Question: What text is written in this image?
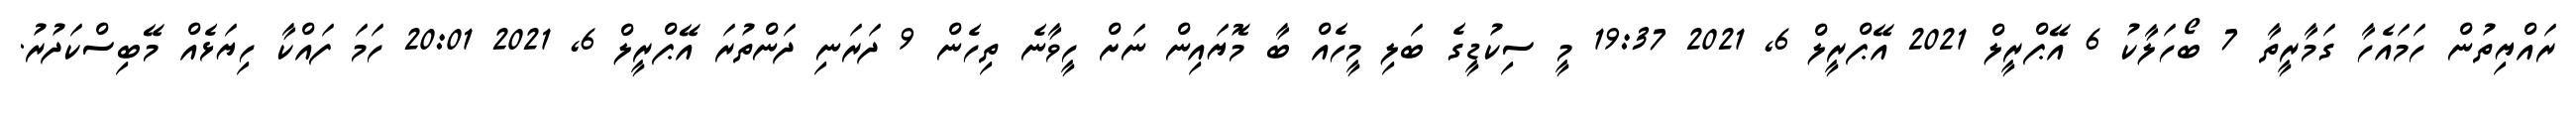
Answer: ރައްޔިތުން ހަމައެހާ ގަމާރީތާ 7 ބޯހަލާކު 6 އޭޕްރީލް 2021 އޭޕްރީލް 6, 2021 19:37 މީ ސިކުޑީގެ ބަލި މީހެއް ބާ މޮޔައިން ނަށް ހީވާނެ ތިހެން 9 ދަރަނި ދަންތުރަ އޭޕްރީލް 6, 2021 20:01 ހަމަ ފައްކާ ހިޔަޅެއް މޭބިސްކަދުރު.